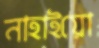
নাহাইয়ো